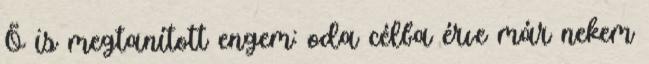
Õ is megtanított engem: oda célba érve már nekem